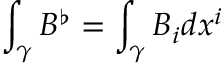
\int _ { \gamma } B ^ { \flat } = \int _ { \gamma } B _ { i } d x ^ { i }